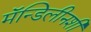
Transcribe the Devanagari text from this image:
मॅन्डिलीनशी